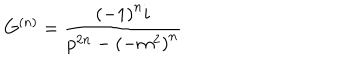
LaTeX: G ^ { \left( n \right) } = \frac { { \left( - 1 \right) } ^ { n } i } { p ^ { 2 n } - { \left( - m ^ { 2 } \right) } ^ { n } }